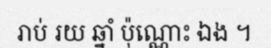
រាប់ រយ ឆ្នាំ ប៉ុណ្ណោះ ឯង ។